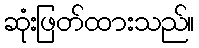
ဆုံးဖြတ်ထားသည်။